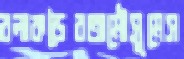
বলাকড়ৈরঅমৌসুমেস